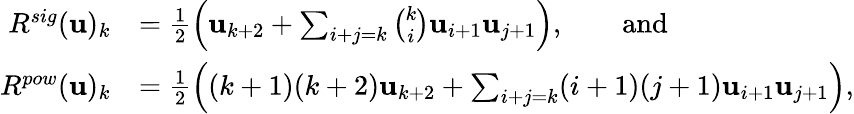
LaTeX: \begin{array}{rl}{R^{sig}(\mathbf u)_{k}}&{=\frac{1}{2}\Big(\mathbf u_{k+2}+\sum_{i+j=k}\binom ki\mathbf u_{i+1}\mathbf u_{j+1}\Big),\qquad\mathrm{and}}\\ {R^{pow}(\mathbf u)_{k}}&{=\frac{1}{2}\Big((k+1)(k+2)\mathbf u_{k+2}+\sum_{i+j=k}(i+1)(j+1)\mathbf u_{i+1}\mathbf u_{j+1}\Big),}\end{array}